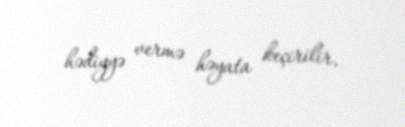
hədiyyə vermə həyata keçirilir.